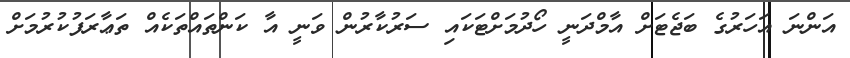
އަންނަ އަހަރުގެ ބަޖެޓަށް އާމްދަނީ ހޯދުމަށްޓަކައި ސަރުކާރުން ވަނީ އާ ކަންތައްތަކެއް ތަޢާރަފުކުރުމަށް